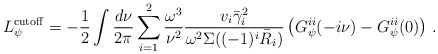
\begin{align*}L^{{\rm cutoff}}_\psi = - \frac{1}{2} \int \frac{d\nu}{2\pi}\sum_{i=1}^2 \frac{\omega^3}{\nu^2} \frac{v_i \bar\gamma_i^2}{\omega^2 \Sigma((-1)^i \bar R_i)}\left( G^{ii}_\psi(-i\nu) - G^{ii}_\psi(0) \right) \,.\end{align*}